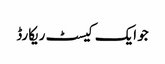
جو ایک کیسٹ ریکارڈ